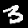
Label: 3